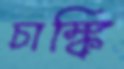
চাঙ্কি